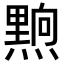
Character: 𮮗